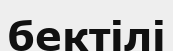
бектілі